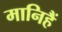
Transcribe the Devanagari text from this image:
मानिहैं